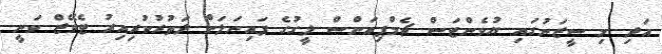
އަދި މި ސީޒަނުގައި ޔުވެންޓަސް ޗެމްޕިއަންސް ލީގުގެ ފައިނަލަށް ދަތުރުކުރިއިރު ޓެވޭޒް ވަނީ